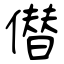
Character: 僣